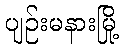
ပျဉ်းမနားမြို့